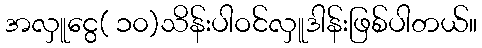
အလှူငွေ( ၁၀)သိန်းပါဝင်လှူဒါန်းဖြစ်ပါတယ်။